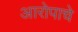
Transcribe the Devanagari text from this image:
आरोपाचे